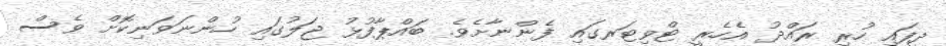
ދީފައި ހުރި ރައްދު އެހެރީ ޓްވިޓަރގައި ފެންނާށެވެ. ބައްޕާފުޅު ޖަލުގައި ހުންނަވަނިކޮށް ވެސް